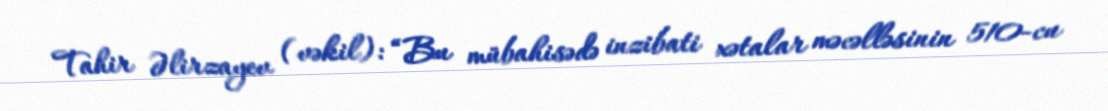
Tahir Əlirzayev (vəkil): “Bu mübahisədə inzibati xətalar məcəlləsinin 510-cu